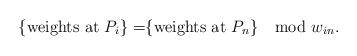
LaTeX: \begin{align*}\mbox{\{weights at $P_i\} =$\{weights at $P_n\} \mod w_{in}$}.\end{align*}